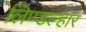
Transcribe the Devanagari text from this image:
लिण्डल्हार